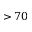
> 7 0